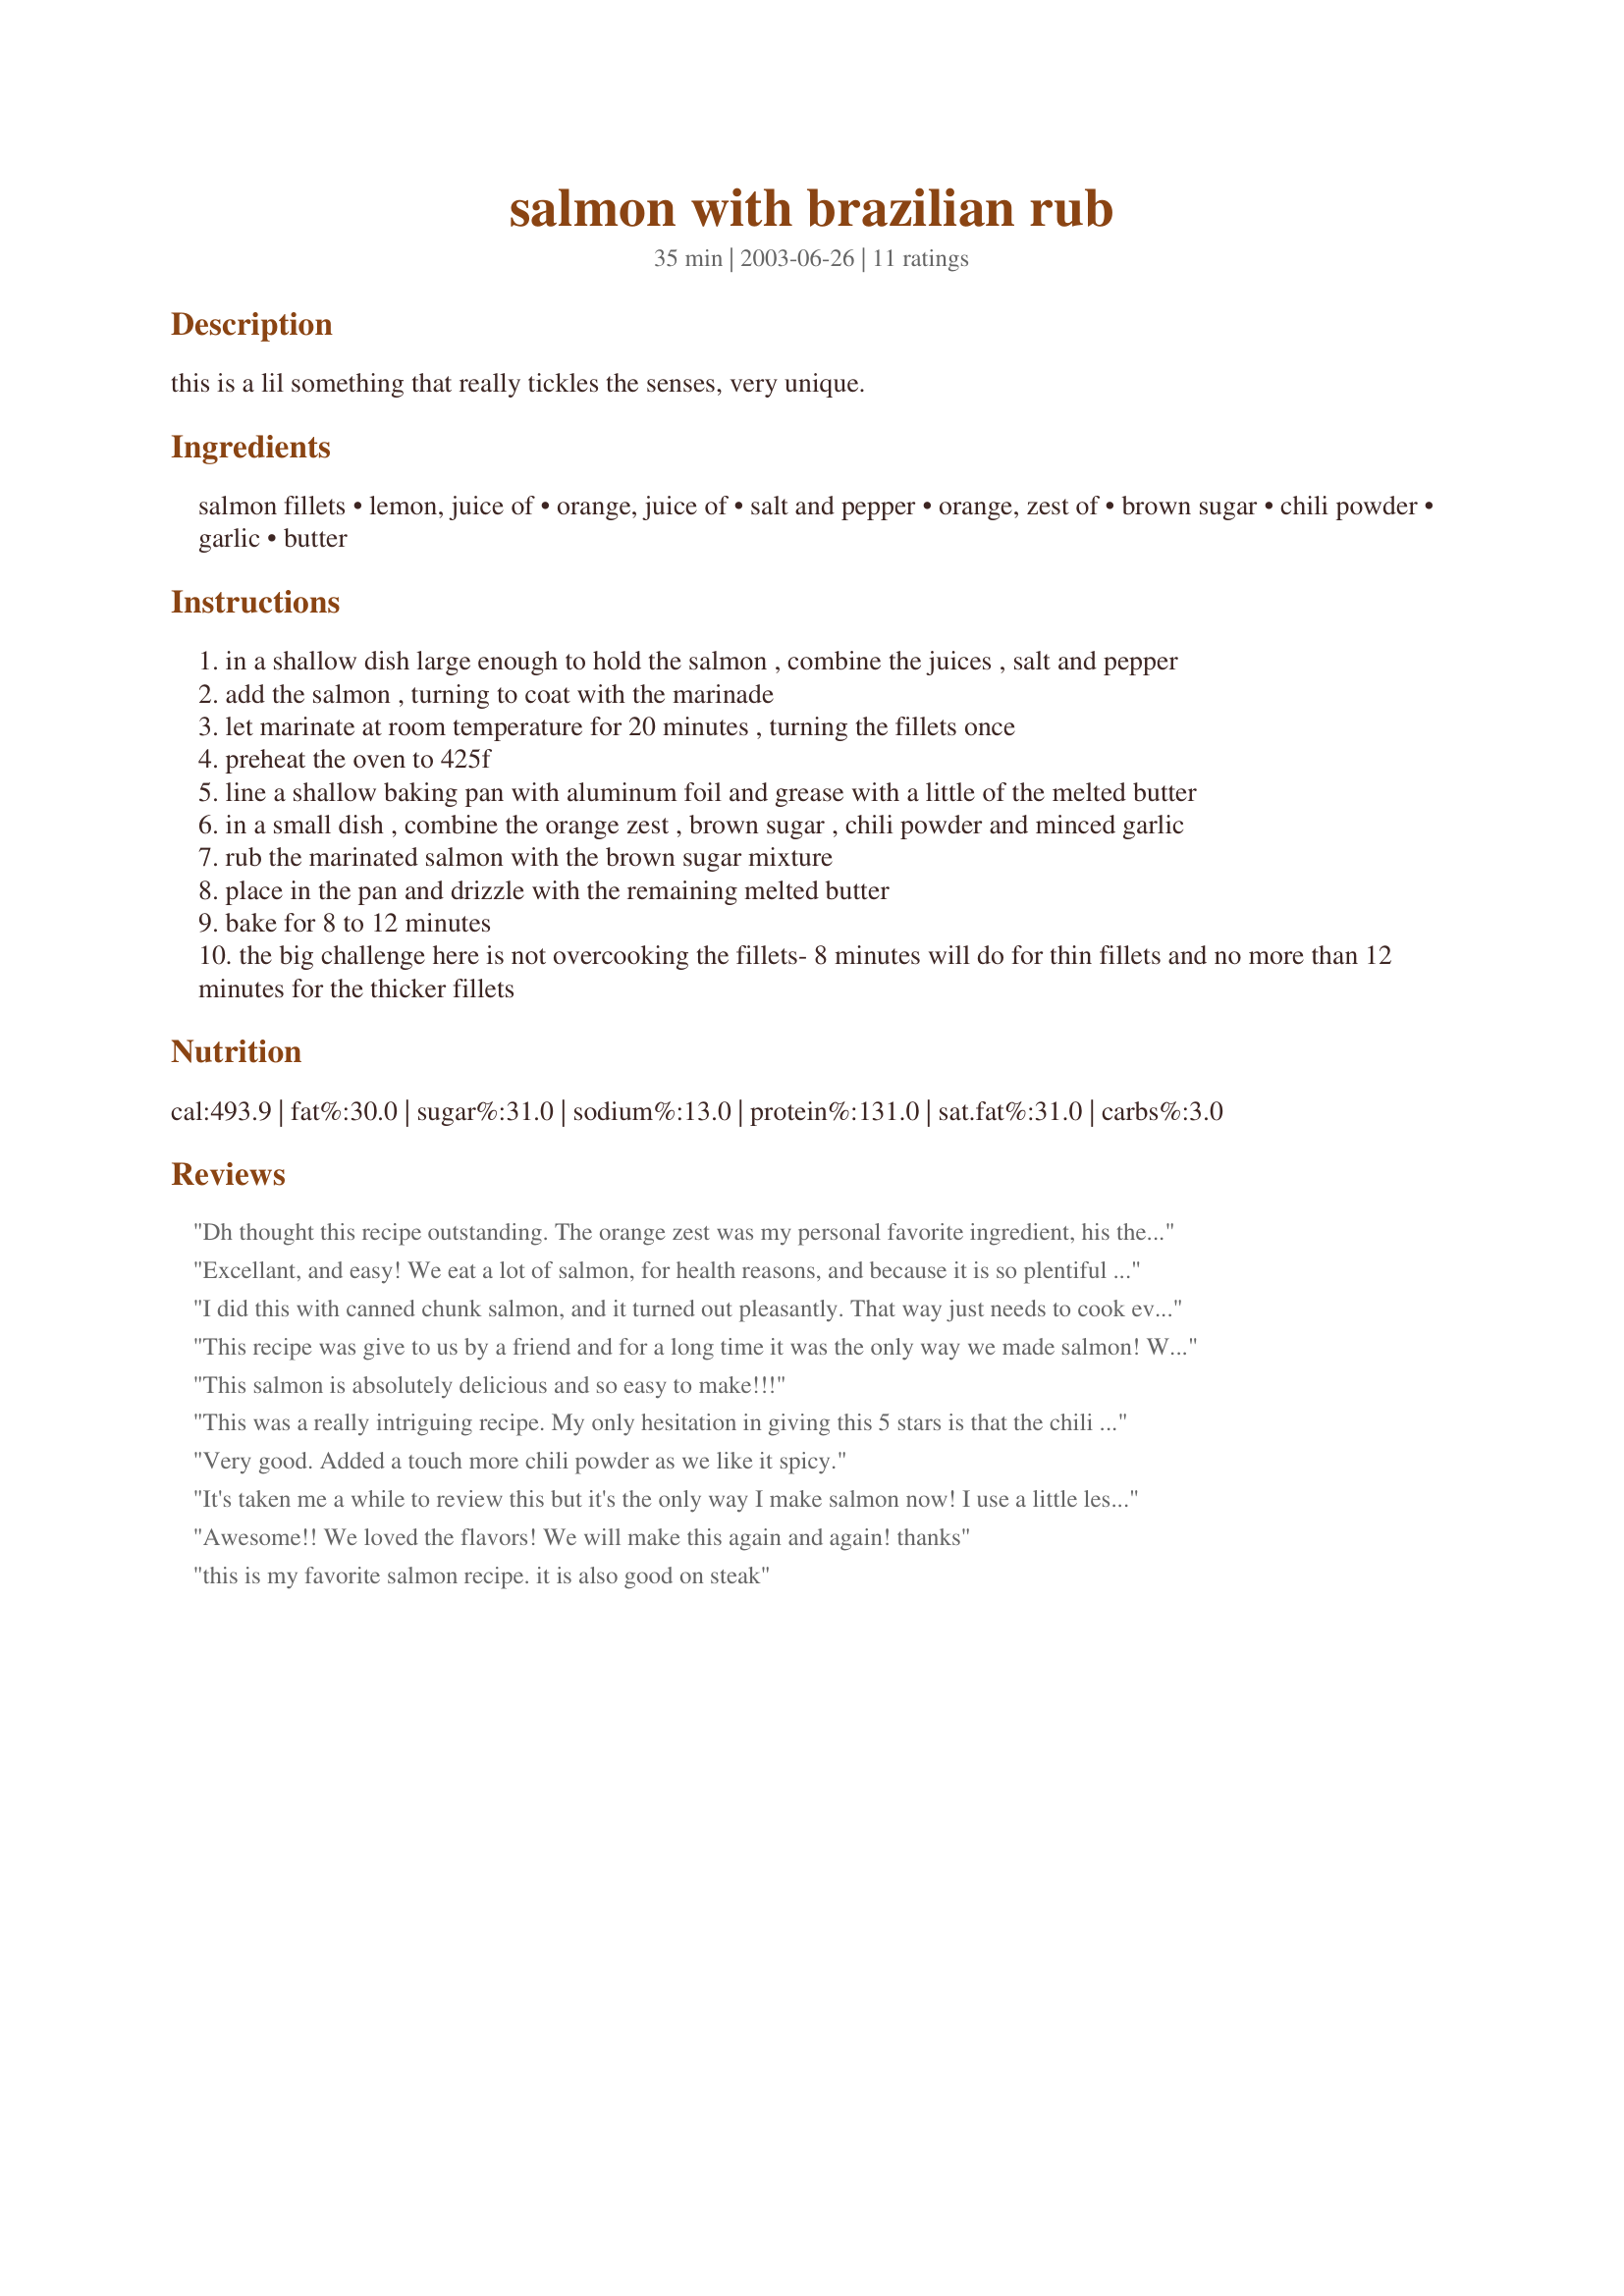
salmon with brazilian rub
Preparation time: 35 minutes

this is a lil something that really tickles the senses, very unique.

Ingredients:
salmon fillets, lemon, juice of, orange, juice of, salt and pepper, orange, zest of, brown sugar, chili powder, garlic, butter

Steps:
in a shallow dish large enough to hold the salmon , combine the juices , salt and pepper
add the salmon , turning to coat with the marinade
let marinate at room temperature for 20 minutes , turning the fillets once
preheat the oven to 425f
line a shallow baking pan with aluminum foil and grease with a little of the melted butter
in a small dish , combine the orange zest , brown sugar , chili powder and minced garlic
rub the marinated salmon with the brown sugar mixture
place in the pan and drizzle with the remaining melted butter
bake for 8 to 12 minutes
the big challenge here is not overcooking the fillets- 8 minutes will do for thin fillets and no more than 12 minutes for the thicker fillets

Reviews:
Dh thought this recipe outstanding. The orange zest was my personal favorite ingredient, his the chili powder.
Excellant, and easy! We eat a lot of salmon, for health reasons, and because it is so plentiful here in the Pac. NW., so always on the lookout for something different. This is a keeper. 
Do not let the amount of brown sugar scare you off. The orange and chili powder offset the sweetness.
I did this with canned chunk salmon, and it turned out pleasantly. That way just needs to cook even less than the fillets. I did use chili powder, not powdered chiles, so I felt uncertain about the relation to brazil, but a decent recipe either way.
This recipe was give to us by a friend and for a long time it was the only way we made salmon! We have found that if you don't have orange zest, a little orange juice goes a long way. Thanks!
This salmon is absolutely delicious and so easy to make!!!
This was a really intriguing recipe. My only hesitation in giving this 5 stars is that the chili powder was very overwhelming, to the detriment of the other flavors. I'll definitely make it again but will probably use half or even a third of the amount of chili powder. Other than that it was simple, unique, smelled great while it was cooking, and gave a tender, flaky fillet. (We had a very thick fillet that did need closer to 15 min to cook through.) Served it with rice, fresh green salad, and a citrus-y fruit salad; great combo!
Very good. Added a touch more chili powder as we like it spicy.
It's taken me a while to review this but it's the only way I make salmon now! I use a little less chili powder but everything else is just delicious! The flavor of the rub offsets the fishiness of salmon. Thanks!
Awesome!! We loved the flavors! We will make this again and again! thanks
this is my favorite salmon recipe. it is also good on steak
Very EASY! I whipped everything together without reading through and mixed EVERYTHING together and let the fillets marinate for 20 min. Re-reading I realized I was supposed to separate the juices and the rub.. It was still amazing, and I added some extra brown sugar applied as a rub prior to setting it in the oven for good measure.. I am awful at cooking fish but my entire family of 5 loved it! thanks so much!
